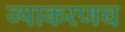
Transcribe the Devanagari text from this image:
व्याकरणच